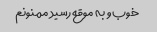
خوب و به موقع رسید ممنونم